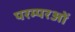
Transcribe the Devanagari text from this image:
परम्परओं